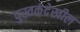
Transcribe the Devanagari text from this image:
पुस्तकंदेखील